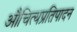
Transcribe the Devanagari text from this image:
औचित्यप्रतिपादन